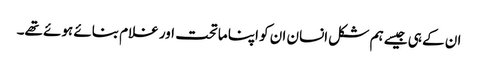
ان کے ہی جیسے ہم شکل انسان ان کو اپنا ماتحت اور غلام بنائے ہوئے تھے۔